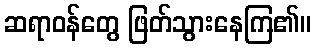
ဆရာဝန်တွေ ဖြတ်သွားနေကြ၏။